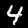
Digit: 4